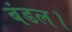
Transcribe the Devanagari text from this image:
बंडल।